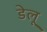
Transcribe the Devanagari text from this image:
डेलू